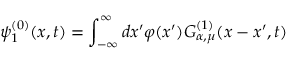
\psi _ { 1 } ^ { ( 0 ) } ( x , t ) = \int _ { - \infty } ^ { \infty } d x ^ { \prime } \varphi ( x ^ { \prime } ) { \cal { G } } _ { \alpha , \mu } ^ { ( 1 ) } ( x - x ^ { \prime } , t )